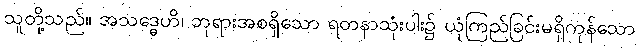
သူတို့သည်။ အသဒ္ဓေဟိ၊ ဘုရားအစရှိသော ရတနာသုံးပါး၌ ယုံကြည်ခြင်းမရှိကုန်သော